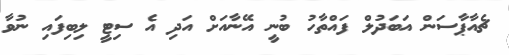
ޗެއާޕާސަން އަބަދުލް ފައްތާހު ބުނީ އޭނާއަށް އަދި އެ ސިޓީ ލިބިފައި ނުވާ